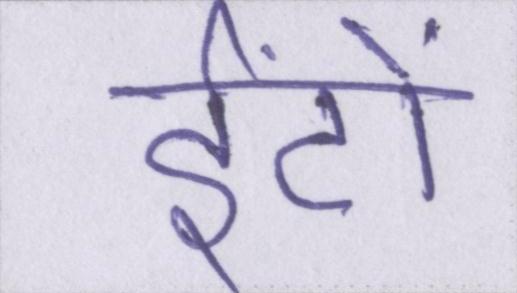
ईंटों